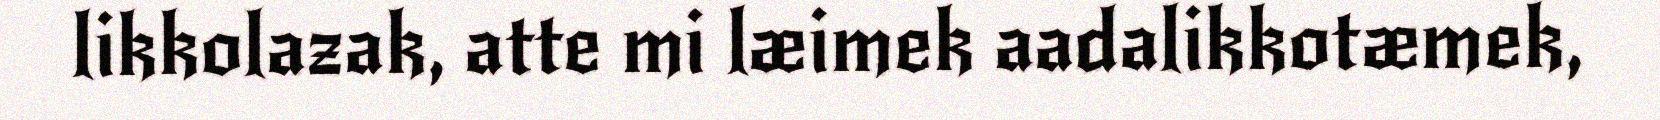
likkolazak, atte mi læimek aadalikkotæmek,